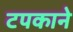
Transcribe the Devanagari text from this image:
टपकाने